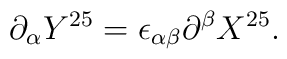
\partial_{\alpha} Y^{25} = \epsilon_{\alpha \beta} \partial^{\beta} X^{25}.